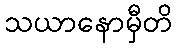
သယာနောမှီတိ